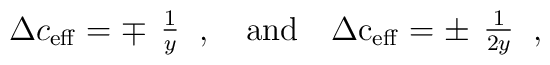
\Delta c_{\rm{eff}}=\mp \begin{array}{c}  \frac{1}{y} \end{array}    \,,\quad \rm{and}\quad \Delta  c_{\rm{eff}}=\pm \begin{array}{c}  \frac{1}{2y} \end{array} \,,